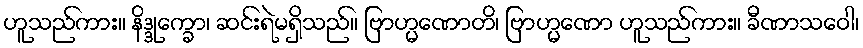
ဟူသည်ကား။ နိဒ္ဒုက္ခော၊ ဆင်းရဲမရှိသည်။ ဗြာဟ္မဏောတိ၊ ဗြာဟ္မဏော ဟူသည်ကား။ ခီဏာသဝေါ၊